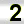
Digit: 2